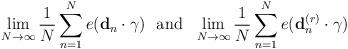
LaTeX: \begin{align*}\lim\limits_{N \rightarrow \infty}\frac{1}{N} \sum\limits_{n=1}^N e(\bold{d}_n \cdot \bold{\gamma}) \,\,\,\, \textrm{and} \,\,\,\, \lim\limits_{N \rightarrow \infty} \frac{1}{N}\sum\limits_{n=1}^N e(\bold{d}_n^{(r)} \cdot \bold{\gamma})\end{align*}